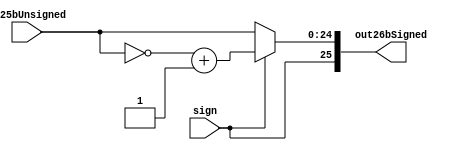
module unsignToSign26b(input [24:0] in25bUnsigned, input sign, output reg [25:0] out26bSigned);
	always @ (in25bUnsigned or sign)
	begin
		out26bSigned[25]=sign;
		out26bSigned[24:0]=in25bUnsigned;
		if (sign==1)
		begin
			out26bSigned[24:0]=~out26bSigned[24:0]+1;
		end
	end
endmodule